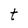
Character: t